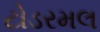
ટોડરમલ